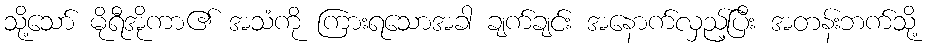
သို့သော် မိုရီအိုကာ၏ အသံကို ကြားရသောအခါ ချက်ချင်း အနောက်လှည့်ပြီး အတန်းဘက်သို့